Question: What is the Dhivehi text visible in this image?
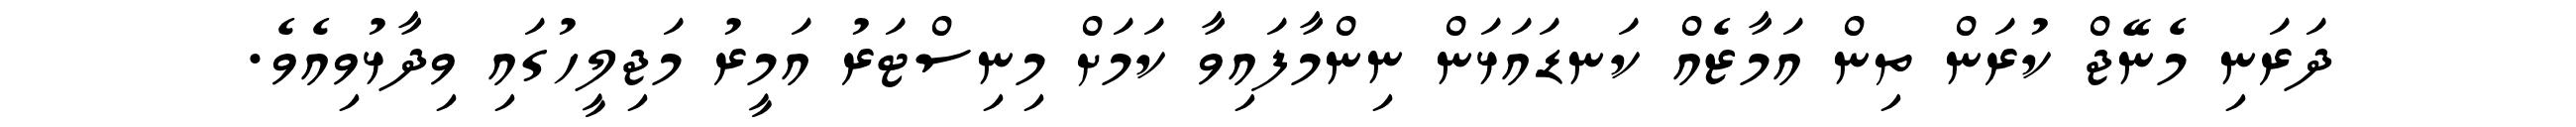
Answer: ދަރަނި މެނޭޖް ކުރަން ތިން އަމާޒެއް ކަނޑައަޅަން ނިންމާފައިވާ ކަމަށް މިނިސްޓަރު އަމީރު މަޖިލީހުގައި ވިދާޅުވިއެވެ.